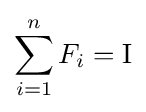
\sum _{i=1}^{n}F_{i}=\operatorname {I}